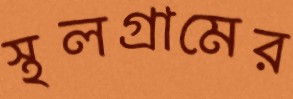
স্থলগ্রামের